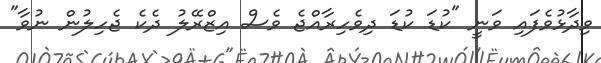
ވިދާޅުވެފައި ވަނީ "ކުޑަ ކުޑަ ދިވެހިރާއްޖެ ވެސް އިޒްރޭލު ދެކެ ޖެހިލުން ނުވާ"